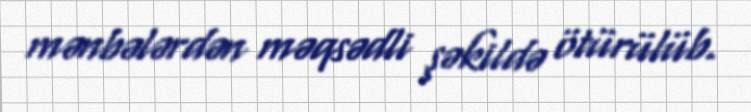
mənbələrdən məqsədli şəkildə ötürülüb.